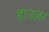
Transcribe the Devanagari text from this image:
हाउज़र